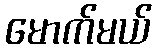
မောက်မယ်